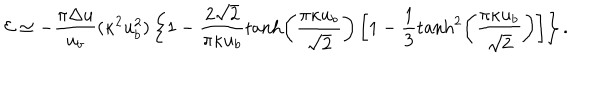
{ \cal E } \simeq - \frac { \pi \Delta u } { u _ { b } } ( \kappa ^ { 2 } u _ { b } ^ { 2 } ) \left\{ 1 - \frac { 2 \sqrt { 2 } } { \pi \kappa u _ { b } } \tanh \left( \frac { \pi \kappa u _ { b } } { \sqrt { 2 } } \right) \left[ 1 - \frac { 1 } { 3 } \tanh ^ { 2 } \left( \frac { \pi \kappa u _ { b } } { \sqrt { 2 } } \right) \right] \right\} .